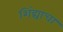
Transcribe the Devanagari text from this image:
शिंद्याचा